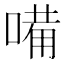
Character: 𠻋